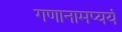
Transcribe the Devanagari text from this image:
गणानामप्ययं